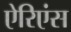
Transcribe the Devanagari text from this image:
ऐरिएंस